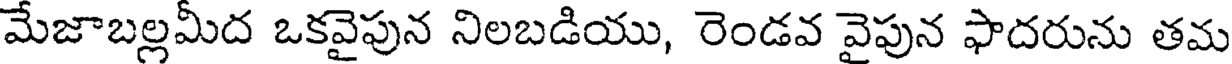
మేజాబల్లమీద ఒకవైపున నిలబడియు, రెండవ వైపున ఫాదరును తమ